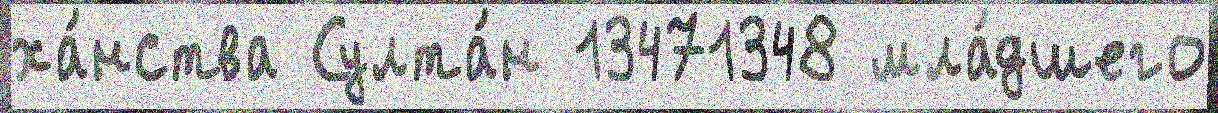
ха́нства Султа́н 13471348 мла́дшего